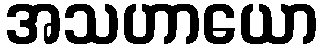
အသဟာယော